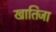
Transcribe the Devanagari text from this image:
खातिजा